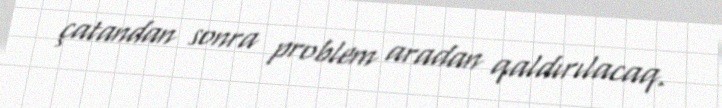
çatandan sonra problem aradan qaldırılacaq.